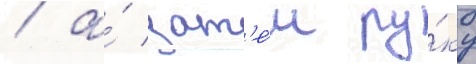
/ а́ зат'е́м ру́ку